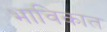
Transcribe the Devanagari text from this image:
भाविकात